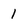
Character: 1